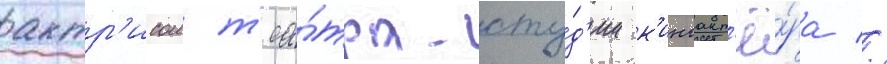
актр'исои т'еа́тра-сту́д'ии к'иноакт'ё́ра //